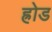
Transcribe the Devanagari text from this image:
ह्रोड